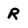
Character: R